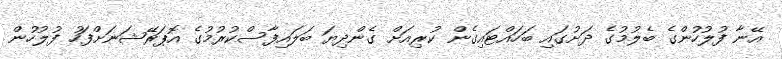
އޭނާ ފުލުހުންގެ ބެލުމުގެ ދަށުގައި ބަހައްޓައިގެން ކުރިއަށް ގެންދިޔަ ބަލައިފާސްކުރުމުގެ އޮޕަރޭޝަނަށްފަހު ފުލުހުން